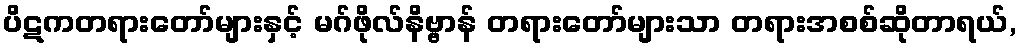
ပိဋကတရားတော်များနှင့် မဂ်ဖိုလ်နိဗ္ဗာန် တရားတော်များသာ တရားအစစ်ဆိုတာရယ်,